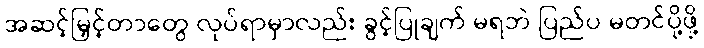
အဆင့်မြှင့်တာတွေ လုပ်ရာမှာလည်း ခွင့်ပြုချက် မရဘဲ ပြည်ပ မတင်ပို့ဖို့